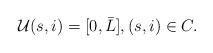
LaTeX: \begin{align*}\mathcal U(s,i) = [0, \bar L], (s,i) \in C.\end{align*}